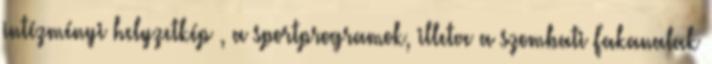
intézményi helyzetkép , a sportprogramok, illetve a szombati Fakanalak